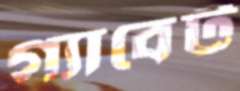
গ্যাবেট